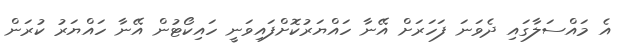
އެ މައްސަލާގައި ދެވަނަ ފަހަރަށް އޭނާ ހައްޔަރުކޮށްފައިވަނީ ހައިކޯޓުން އޭނާ ހައްޔަރު ކުރަން